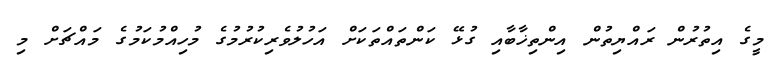
މީގެ އިތުރުން ރައްޔިތުން އިންތިޚާބާއި ގުޅޭ ކަންތައްތަކަށް އަހުލުވެރިކުރުމުގެ މުހިއްމުކަމުގެ މައްޗަށް މި